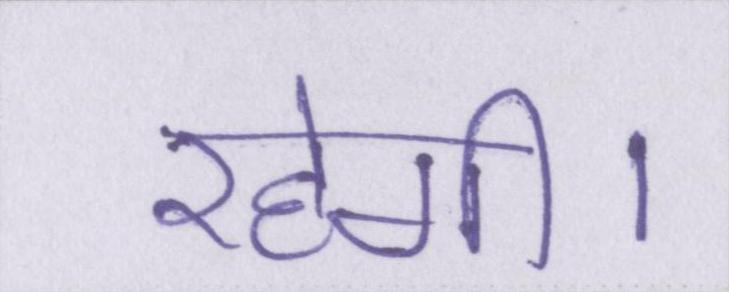
रहेगी।